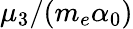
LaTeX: \mu_{3}/(m_{e}\alpha_{0})